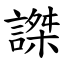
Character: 謋